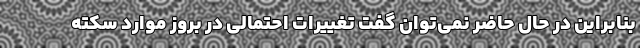
بنابراین در حال حاضر نمی‌توان گفت تغییرات احتمالی در بروز موارد سکته